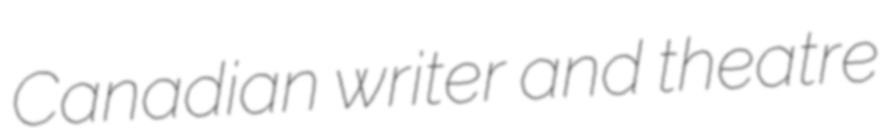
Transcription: Canadian writer and theatre